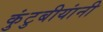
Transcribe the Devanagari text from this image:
कुंटुबीयांनी